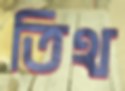
তিথ